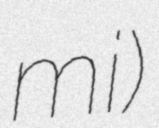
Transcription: mi)